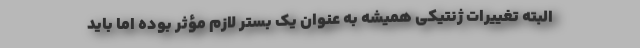
البته تغییرات ژنتیکی همیشه به عنوان یک بستر لازم مؤثر بوده اما باید